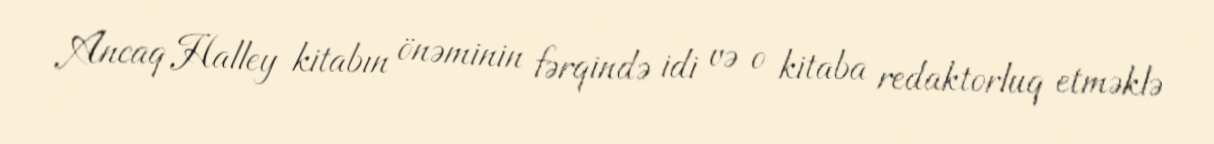
Ancaq Halley kitabın önəminin fərqində idi və o kitaba redaktorluq etməklə